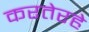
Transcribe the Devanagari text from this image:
करतेरहे